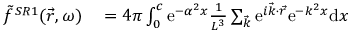
\begin{array} { r l } { \Tilde { f } ^ { S R 1 } ( \vec { r } , \omega ) } & { { } = 4 \pi \int _ { 0 } ^ { c } \mathrm { e } ^ { - \alpha ^ { 2 } x } \frac { 1 } { L ^ { 3 } } \sum _ { \vec { k } } \mathrm { e } ^ { i \vec { k } \cdot \vec { r } } \mathrm { e } ^ { - k ^ { 2 } x } \mathrm { d } x } \end{array}